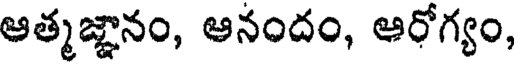
ఆత్మజ్ఞానం, ఆనందం, ఆరోగ్యం,